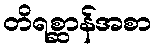
တိရစ္ဆာန်အစာ